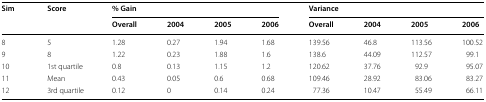
<table><thead><tr><td rowspan="2"><b>Sim</b></td><td rowspan="2"><b>Score</b></td><td colspan="4"><b>% Gain</b></td><td colspan="4"><b>Variance</b></td></tr><tr><td><b>Overall</b></td><td><b>2004</b></td><td><b>2005</b></td><td><b>2006</b></td><td><b>Overall</b></td><td><b>2004</b></td><td><b>2005</b></td><td><b>2006</b></td></tr></thead><tbody><tr><td>8</td><td>5</td><td>1.28</td><td>0.27</td><td>1.94</td><td>1.68</td><td>139.56</td><td>46.8</td><td>113.56</td><td>100.52</td></tr><tr><td>9</td><td>8</td><td>1.22</td><td>0.23</td><td>1.88</td><td>1.6</td><td>138.6</td><td>44.09</td><td>112.57</td><td>99.1</td></tr><tr><td>10</td><td>1st quartile</td><td>0.8</td><td>0.13</td><td>1.15</td><td>1.2</td><td>120.62</td><td>37.76</td><td>92.9</td><td>95.07</td></tr><tr><td>11</td><td>Mean</td><td>0.43</td><td>0.05</td><td>0.6</td><td>0.68</td><td>109.46</td><td>28.92</td><td>83.06</td><td>83.27</td></tr><tr><td>12</td><td>3rd quartile</td><td>0.12</td><td>0</td><td>0.14</td><td>0.24</td><td>77.36</td><td>10.47</td><td>55.49</td><td>66.11</td></tr></tbody></table>